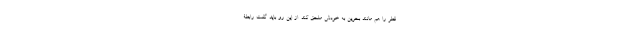
قطر را هم مانند بحرین به خودش ملحق کند. از این رو باید گفت رابطۀ